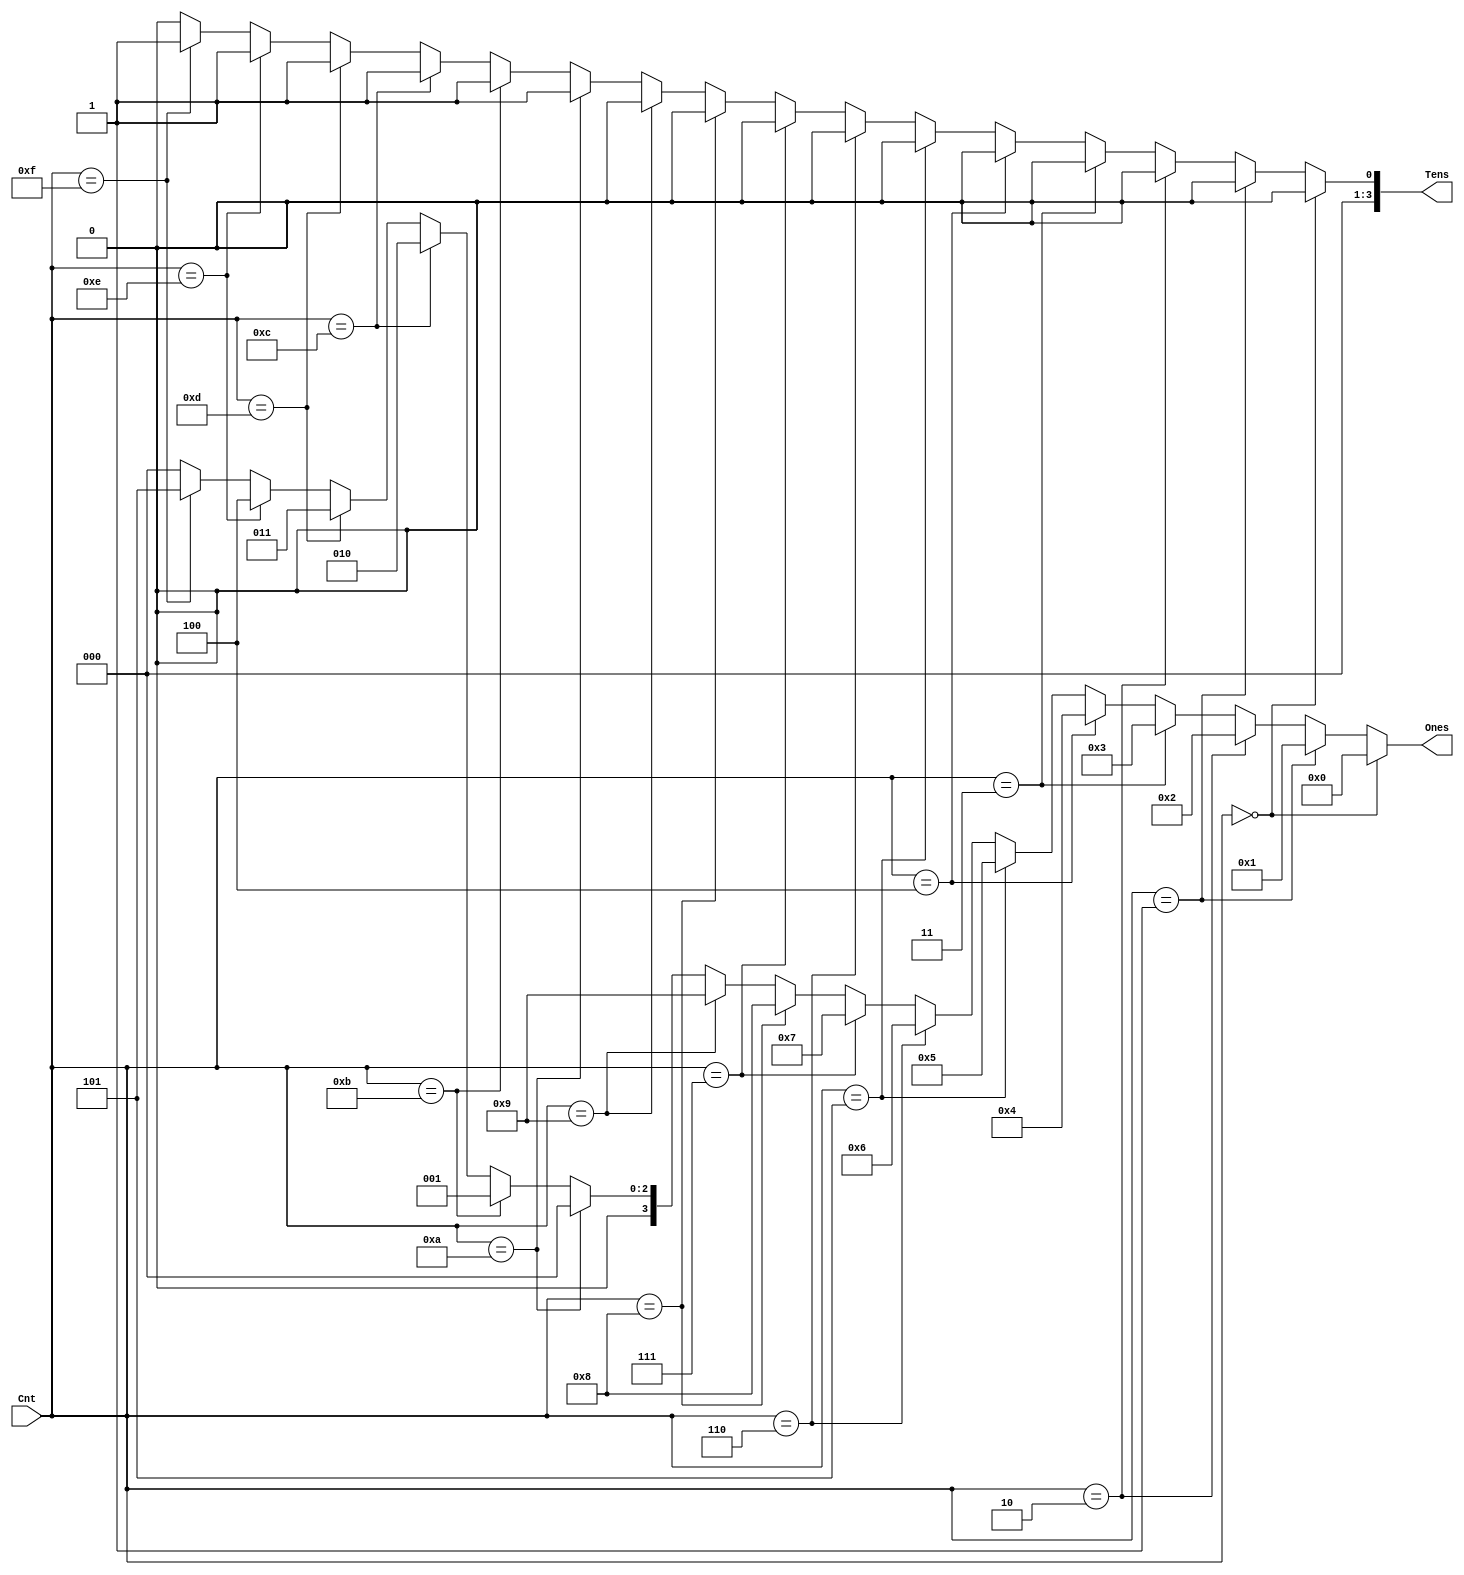
/*
 * Design: CSEE4270 - Skeleton Module for Binary to BCD Converter
 * 
 *
 * 
 *
 */

`timescale 1ns / 1ns
module Binary2BCD(Cnt, Tens, Ones);

   input [3:0] Cnt;
   output reg [3:0] Tens, Ones;
	
	always @* begin
		if(Cnt == 4'b0000)
		begin
			Tens <= 4'b0000;
			Ones <= 4'b0000;
		end
		else if (Cnt == 4'b0001)
		begin
			Tens <= 4'b0000;
			Ones <= 4'b0001;
		end
		else if (Cnt == 4'b0010)
		begin
			Tens <= 4'b0000;
			Ones <= 4'b0010;
		end
		else if (Cnt == 4'b0011)
		begin
			Tens <= 4'b0000;
			Ones <= 4'b0011;
		end
		else if (Cnt == 4'b0100)
		begin
			Tens <= 4'b0000;
			Ones <= 4'b0100;
		end
		else if (Cnt == 4'b0101)
		begin
			Tens <= 4'b0000;
			Ones <= 4'b0101;
		end
		else if (Cnt == 4'b0110)
		begin
			Tens <= 4'b0000;
			Ones <= 4'b0110;
		end
		else if (Cnt == 4'b0111)
		begin
			Tens <= 4'b0000;
			Ones <= 4'b0111;
		end
		else if (Cnt == 4'b1000)
		begin
			Tens <= 4'b0000;
			Ones <= 4'b1000;
		end
		else if (Cnt == 4'b1001)
		begin
			Tens <= 4'b0000;
			Ones <= 4'b1001;
		end	
		else if (Cnt == 4'b1010)
		begin
			Tens <= 4'b0001;
			Ones <= 4'b0000;
		end
		else if (Cnt == 4'b1011)
		begin
			Tens <= 4'b0001;
			Ones <= 4'b0001;
		end
		else if (Cnt == 4'b1100)
		begin
			Tens <= 4'b0001;
			Ones <= 4'b0010;
		end
		else if (Cnt == 4'b1101)
		begin
			Tens <= 4'b0001;
			Ones <= 4'b0011;
		end
		else if (Cnt == 4'b1110)
		begin
			Tens <= 4'b0001;
			Ones <= 4'b0100;
		end
		else if (Cnt == 4'b1111)
		begin
			Tens <= 4'b0001;
			Ones <= 4'b0101;
		end
		else
		begin
			Tens <= 4'b0000;
			Ones <= 4'b0000;
		end	
			
	end

endmodule